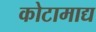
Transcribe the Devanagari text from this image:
कोटामाद्य